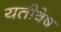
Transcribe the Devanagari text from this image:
यतीवेष